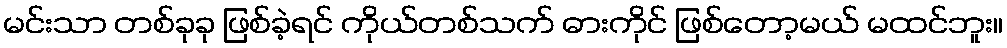
မင်းသာ တစ်ခုခု ဖြစ်ခဲ့ရင် ကိုယ်တစ်သက် ဓားကိုင် ဖြစ်တော့မယ် မထင်ဘူး။